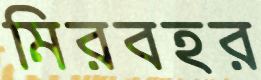
মিরবহর